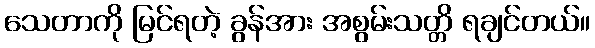
သေတာကို မြင်ရတဲ့ ခွန်အား အစွမ်းသတ္တိ ရချင်တယ်။